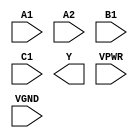
module sky130_fd_sc_hs__a211oi (
    //# {{data|Data Signals}}
    input  A1  ,
    input  A2  ,
    input  B1  ,
    input  C1  ,
    output Y   ,

    //# {{power|Power}}
    input  VPWR,
    input  VGND
);
endmodule